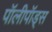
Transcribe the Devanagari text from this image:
पॉलीपॉड्स